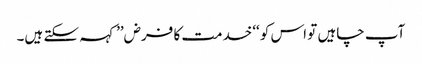
آپ چاہیں تو اس کو ‘‘خدمت کا فرض’’ کہہ سکتے ہیں۔